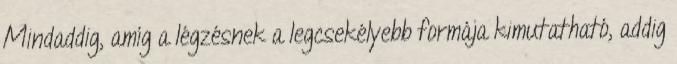
Mindaddig, amíg a légzésnek a legcsekélyebb formája kimutatható, addig